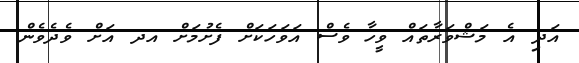
އަދި އެ މަޝްވަރާތައް ވީހާ ވެސް އަވަހަކަށް ފެށުމަށް އދ އަށް ވެދެވެން